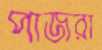
পাজরা